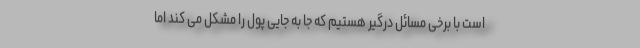
است با برخی مسائل درگیر هستیم که جا به جایی پول را مشکل می کند اما